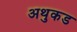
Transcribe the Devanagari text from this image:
अथुकड